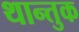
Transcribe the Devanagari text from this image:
थान्तुक